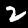
Label: 2